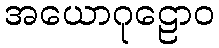
အယောဂုဠောဝ